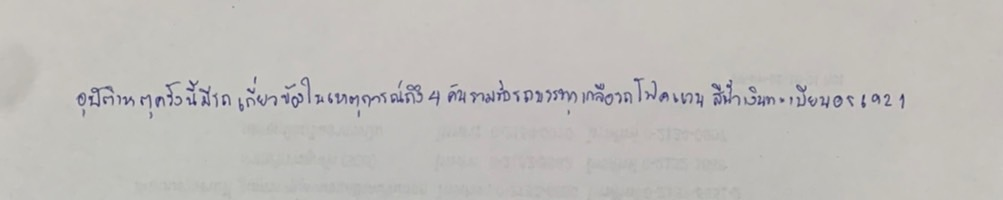
อุบัติเหตุครั้งนี้มีรถเกี่ยวข้องในเหตุการณ์ถึง4คันรวมทั้งรถบรรทุกเกลือรถโฟคแวนสีน้ำเงินทะเบียนอร6921